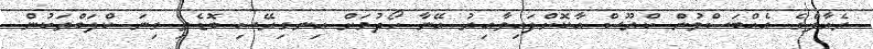
ރެއާލްގެ އެއްބަސްވުން ކްރޫސް އާކޮށްފައިވާއިރު އޭނާ ހޯދުމަށް އިނގިރޭސި ބޮޑެތި ގިނަ ކްލަބްތަކުން